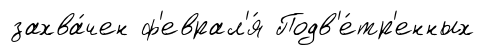
захва́чен ф'еврал'я́ Подв'е́тр'енных